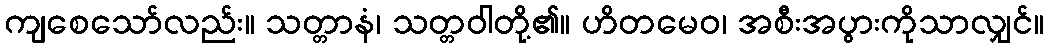
ကျစေသော်လည်း။ သတ္တာနံ၊ သတ္တဝါတို့၏။ ဟိတမေဝ၊ အစီးအပွားကိုသာလျှင်။